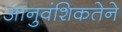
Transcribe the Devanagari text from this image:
आनुवंशिकतेने